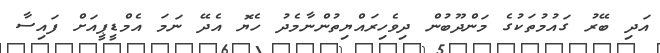
އަދި ބޭރު ގައުމުތަކުގެ މަންދޫބުން ދިވެހިރައްޔިތުންނާމެދު ހެޔޮ އެދޭ ނަމަ އެމްޑީޕީއަށް ފައިސާ